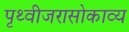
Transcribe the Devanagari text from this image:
पृथ्वीजरासोकाव्य